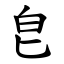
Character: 皀